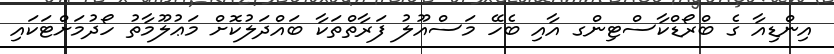
އިންޑިއާ ގެ ބްރޯޑްކާސްޓިންގ އާއި ބެހޭ މަސްއޫލު ފަރާތްތަކާ ބައްދަލުކޮށް މަޢުލޫމާތު ހޯދުމަށްޓަކައި